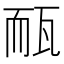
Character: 𤭃